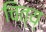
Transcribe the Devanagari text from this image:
चित्य्